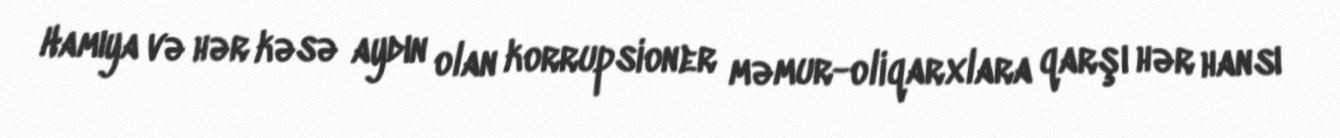
Hamıya və hər kəsə aydın olan korrupsioner məmur-oliqarxlara qarşı hər hansı